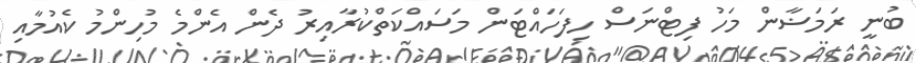
ބުނީ ރަމަޟާން މަހު ފިޓްނަސް ހިފަހައްޓަން މަސައްކަތްކުރާއިރު ދެން އެންމެ މުހިންމު ކެއުމާއި